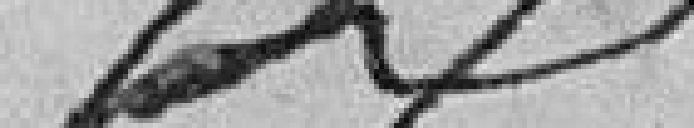
?